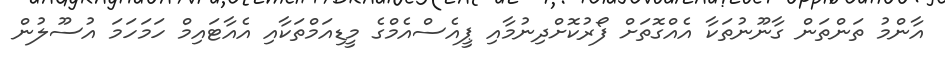
އާންމު ތަންތަން ގާނޫނުތަކާ އެއްގޮތަށް ފޯރުކޮށްދިނުމާއި ޕީއެސްއެމްގެ މީޑިއަމްތަކާއި އެއާޓައިމް ހަމަހަމަ އުސޫލުން